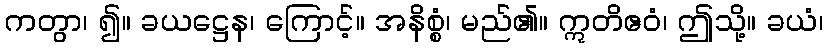
ကတွာ၊ ၍။ ခယဋ္ဌေန၊ ကြောင့်။ အနိစ္စံ၊ မည်၏။ ဣတိဧဝံ၊ ဤသို့။ ခယံ၊